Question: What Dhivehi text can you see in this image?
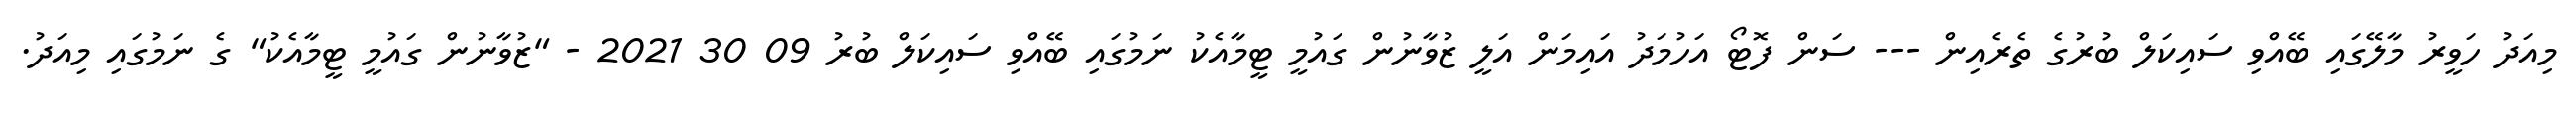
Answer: މިއަދު ހަވީރު މާލޭގައި ބޭއްވި ސައިކަލް ބުރުގެ ތެރެއިން --- ސަން ފޮޓޯ އަހުމަދު އައިމަން އަލީ ޒުވާނުން ގައުމީ ޓީމާއެކު ނަމުގައި ބޭއްވި ސައިކަލް ބުރު 09 30 2021 - "ޒުވާނުން ގައުމީ ޓީމާއެކު" ގެ ނަމުގައި މިއަދު.